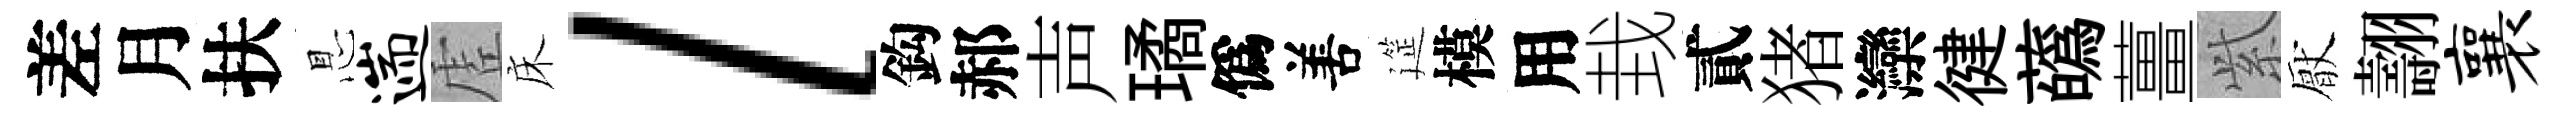
差月扶㤙遄虗床l鈎郝声璚僞𠵊筵模用㘽貳猪灤徤蘤薑𬗋厭翿襄